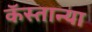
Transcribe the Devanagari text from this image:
कॅस्तान्या